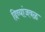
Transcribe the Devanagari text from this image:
दिव्यांजवळ